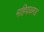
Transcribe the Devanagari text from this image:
महिपाळगड